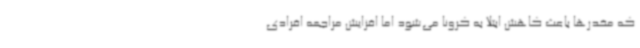
که مخدرها باعث کاهش ابتلا به کرونا می‌شود اما افزایش مراجعه افرادی